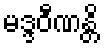
မဒ္ဒဝီဏန္တိ